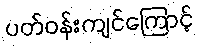
ပတ်ဝန်းကျင်ကြောင့်